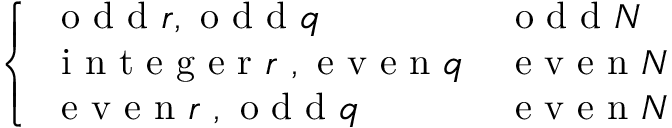
\begin{array} { r } { \left\{ \begin{array} { l l } { \mathrm { ~ o ~ d ~ d ~ } r , \mathrm { ~ o ~ d ~ d ~ } q } & { \mathrm { ~ o ~ d ~ d ~ } N } \\ { \mathrm { ~ i ~ n ~ t ~ e ~ g ~ e ~ r ~ } r \mathrm { ~ , ~ e ~ v ~ e ~ n ~ } q } & { \mathrm { ~ e ~ v ~ e ~ n ~ } N } \\ { \mathrm { ~ e ~ v ~ e ~ n ~ } r \mathrm { ~ , ~ o ~ d ~ d ~ } q } & { \mathrm { ~ e ~ v ~ e ~ n ~ } N } \end{array} \right. } \end{array}